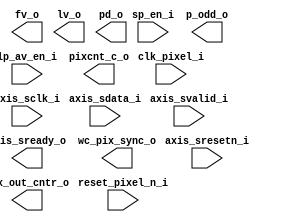
/*******************************************************************************
    Verilog netlist generated by IPGEN Lattice Radiant Software (64-bit)
    3.2.0.18.0
    Soft IP Version: 1.5.0
    2022 11 23 16:31:40
*******************************************************************************/
/*******************************************************************************
    Wrapper Module generated per user settings.
*******************************************************************************/
module b2p (sp_en_i, lp_av_en_i, reset_pixel_n_i, clk_pixel_i, fv_o, lv_o,
    pd_o, p_odd_o, axis_sclk_i, axis_sresetn_i, axis_svalid_i, axis_sdata_i,
    axis_sready_o, pixcnt_c_o, pix_out_cntr_o, wc_pix_sync_o)/* synthesis syn_black_box syn_declare_black_box=1 */;
    input  sp_en_i;
    input  lp_av_en_i;
    input  reset_pixel_n_i;
    input  clk_pixel_i;
    output  fv_o;
    output  lv_o;
    output  [7:0]  pd_o;
    output  [1:0]  p_odd_o;
    input  axis_sclk_i;
    input  axis_sresetn_i;
    input  axis_svalid_i;
    input  [37:0]  axis_sdata_i;
    output  axis_sready_o;
    output  [18:0]  pixcnt_c_o;
    output  [15:0]  pix_out_cntr_o;
    output  [15:0]  wc_pix_sync_o;
endmodule